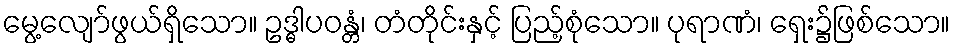
မွေ့လျော်ဖွယ်ရှိသော။ ဥဒ္ဓါပဝန္တံ၊ တံတိုင်းနှင့် ပြည့်စုံသော။ ပုရာဏံ၊ ရှေး၌ဖြစ်သော။